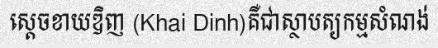
ស្តេចខាយឌិញ (Khai Dinh)គឺជាស្ថាបត្យកម្មសំណង់